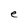
Character: e